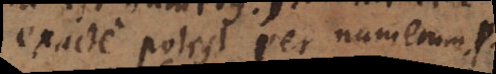
exacte dividi per numerum